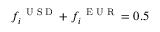
f _ { i } ^ { \mathrm { ~ \tiny ~ U ~ S ~ D ~ } } + f _ { i } ^ { \mathrm { ~ \tiny ~ E ~ U ~ R ~ } } = 0 . 5